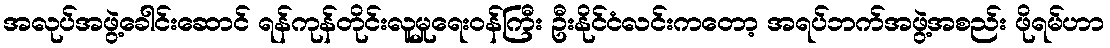
အလုပ်အဖွဲ့ခေါင်းဆောင် ရန်ကုန်တိုင်းလူမှုရေးဝန်ကြီး ဦးနိုင်ငံလင်းကတော့ အရပ်ဘက်အဖွဲ့အစည်း ဖိုရမ်ဟာ